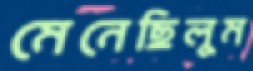
মেনেছিলুম